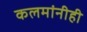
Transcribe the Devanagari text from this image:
कलमांनीही